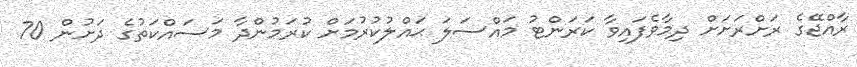
ރާއްޖޭގެ ރަށްރަށަށް ދިމާވެފައިވާ ކަރަންޓު މައްސަލަ ޙައްލުކުރުމަށް ކުރަމުންދާ މަސައްކަތުގެ ދަށުން 70